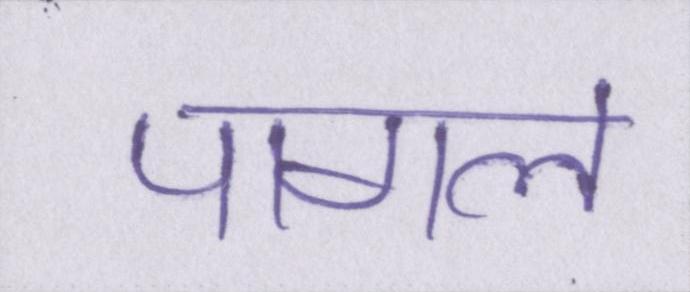
पागल